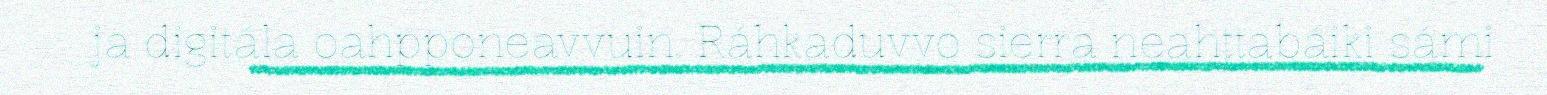
ja digitála oahpponeavvuin. Ráhkaduvvo sierra neahttabáiki sámi